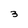
Character: 3